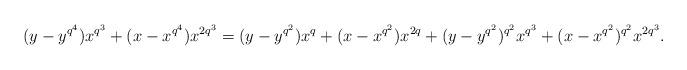
LaTeX: \begin{align*}(y-y^{q^4})x^{q^3}+(x-x^{q^4})x^{2q^3}=(y-y^{q^2})x^{q}+(x-x^{q^2})x^{2q}+(y-y^{q^2})^{q^2}x^{q^3}+(x-x^{q^2})^{q^2}x^{2q^3}.\end{align*}